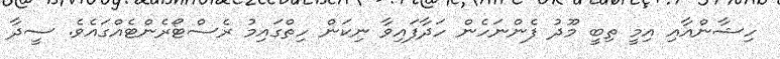
ހިޝާންއާއި އިމީ ތިބީ މޫދު ފެންނަހެން ހަދާފައިވާ ނިކަން ހިތްގައިމު ރެސްޓޯރެންޓެއްގައެވެ. ސީދާ